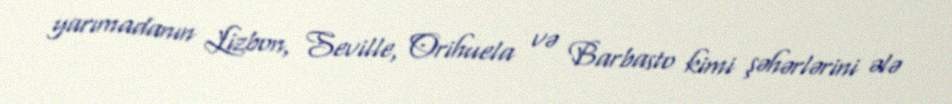
yarımadanın Lizbon, Seville, Orihuela və Barbasto kimi şəhərlərini ələ